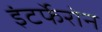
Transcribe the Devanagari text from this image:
इंटर्फेरोन